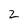
Character: 2